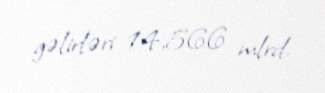
gəlirləri 14,566 mlrd.